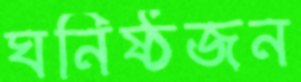
ঘনিষ্ঠজন